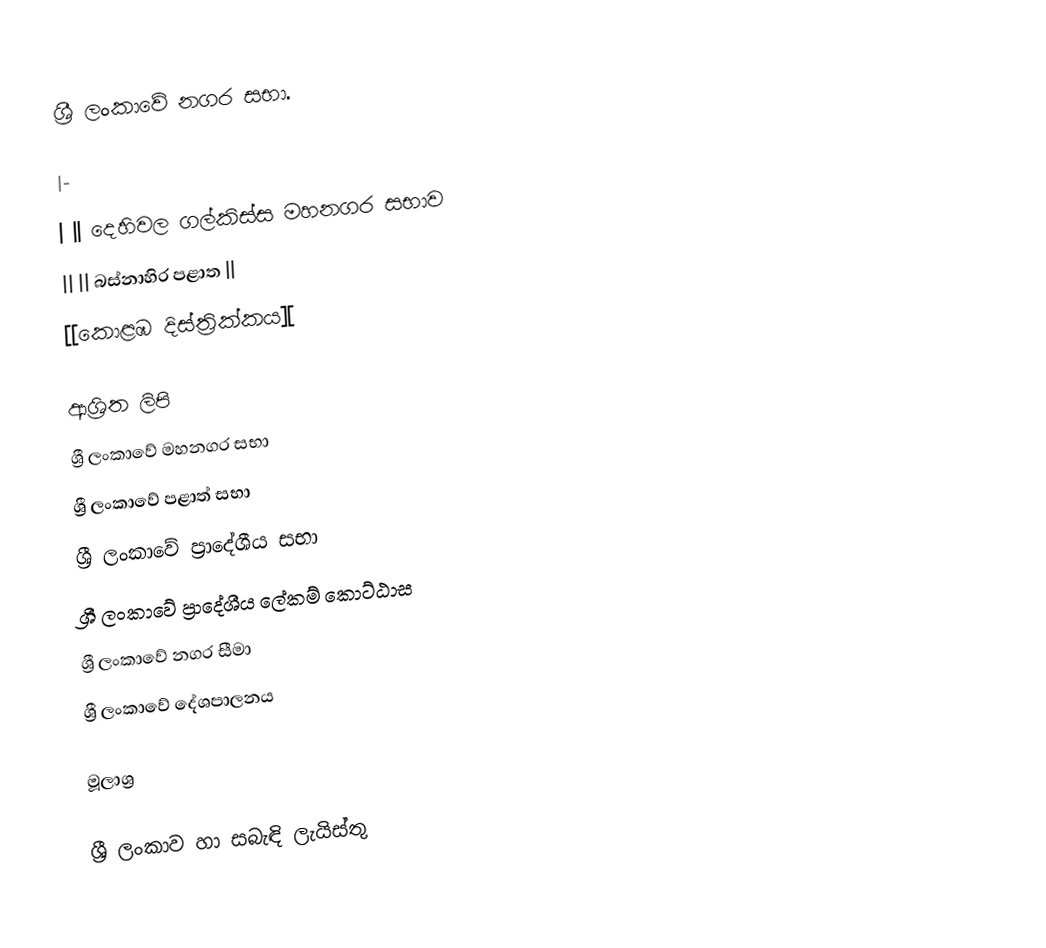
ශ්‍රී ලංකාවේ නගර සභා.

|-
| || දෙහිවල ගල්කිස්ස මහනගර සභාව
|| || බස්නාහිර පළාත ||
[[කොළඹ දිස්ත්‍රික්කය][

ආශ්‍රිත ලිපි
ශ්‍රී ලංකාවේ මහනගර සභා
ශ්‍රී ලංකාවේ පළාත් සභා
ශ්‍රී ලංකාවේ ප්‍රාදේශීය සභා
ශ්‍රී ලංකාවේ ප්‍රාදේශීය ලේකම් කොට්ඨාස
ශ්‍රී ලංකාවේ නගර සීමා
ශ්‍රී ලංකාවේ දේශපාලනය

මූලාශ්‍ර

ශ්‍රී ලංකාව හා සබැඳි ලැයිස්තු